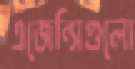
এজেন্সিগুলো